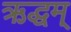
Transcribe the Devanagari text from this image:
ऋद्धम्